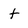
Character: t